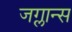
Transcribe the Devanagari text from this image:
जग्लान्स